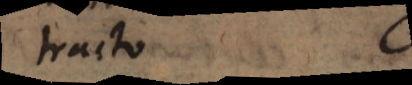
tracto